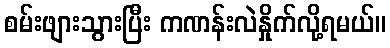
စမ်းဖျားသွားပြီး ကဏန်းလဲနှိုက်လို့ရမယ်။